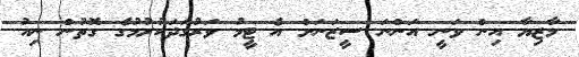
މާޒިޔާ އިން ވަނީ އަންނަ ސީޒަނަށް އެ ޓީމު ވަރުގަދަކުރުމުގެ ގޮތުން ނިއު